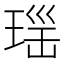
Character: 𱯈